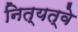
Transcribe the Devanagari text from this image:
नित्यत्वे